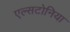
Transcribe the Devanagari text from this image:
एल्सटोनिया